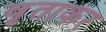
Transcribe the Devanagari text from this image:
वृताकर